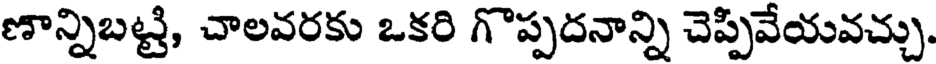
ణాన్నిబట్టి, చాలవరకు ఒకరి గొప్పదనాన్ని చెప్పివేయవచ్చు.